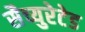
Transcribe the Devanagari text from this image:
सैच्युरेटेड